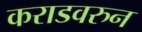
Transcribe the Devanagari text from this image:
कराडवरुन